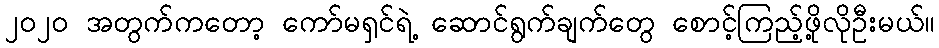
၂၀၂၀ အတွက်ကတော့ ကော်မရှင်ရဲ့ ဆောင်ရွက်ချက်တွေ စောင့်ကြည့်ဖို့လိုဦးမယ်။